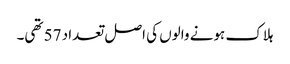
ہلاک ہونے والوں کی اصل تعداد 57 تھی۔